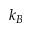
k _ { B }